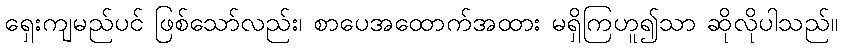
ရှေးကျမည်ပင် ဖြစ်သော်လည်း၊ စာပေအထောက်အထား မရှိကြဟူ၍သာ ဆိုလိုပါသည်။